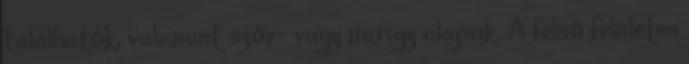
találhatók, valamint szőr- vagy mirigy alapok. A felső felületen